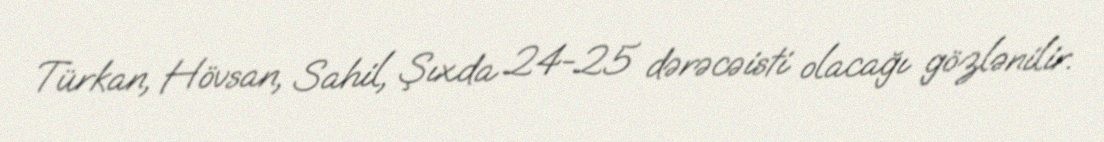
Türkan, Hövsan, Sahil, Şıxda 24-25 dərəcəisti olacağı gözlənilir.